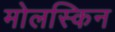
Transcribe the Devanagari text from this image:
मोलस्किन